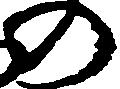
の